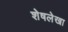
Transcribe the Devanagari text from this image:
शेषलेखा